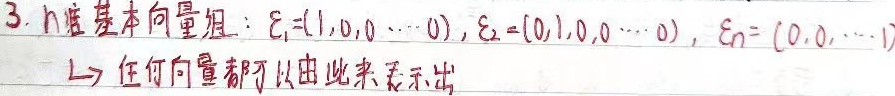
3. n维基本向量组：\(\xi_1=(1,0,0,\cdots,0)\)，\(\xi_2=(0,1,0,0,\cdots,0)\)，\(\xi_n=(0,0,\cdots,1)\) \(\Rightarrow\) 任何向量都可以由此来表示出